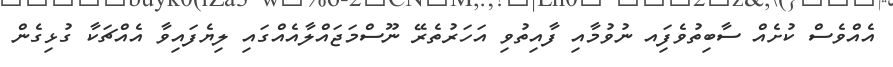
އެއްވެސް ކުށެއް ސާބިތުވެފަިއ ނުވުމާއި ފާއިތުުވި އަހަރުތެރޭ ނޫސްމަޖައްލާއެއްގައި ލިޔެފައިވާ އެއްޗަކާ ގުޅިގެން